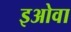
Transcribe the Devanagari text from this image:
इओवा